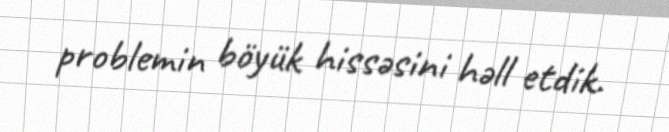
problemin böyük hissəsini həll etdik.